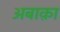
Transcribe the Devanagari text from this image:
अबाक़ा